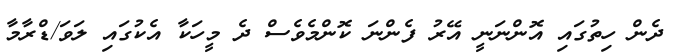
ދެން ހިތުގައި އޮންނަނީ އޭރު ފެންނަ ކޮންމެވެސް ދެ މީހަކާ އެކުގައި ލަވަ/ޑްރާމާ